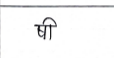
मजकूर: षी